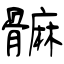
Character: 髍